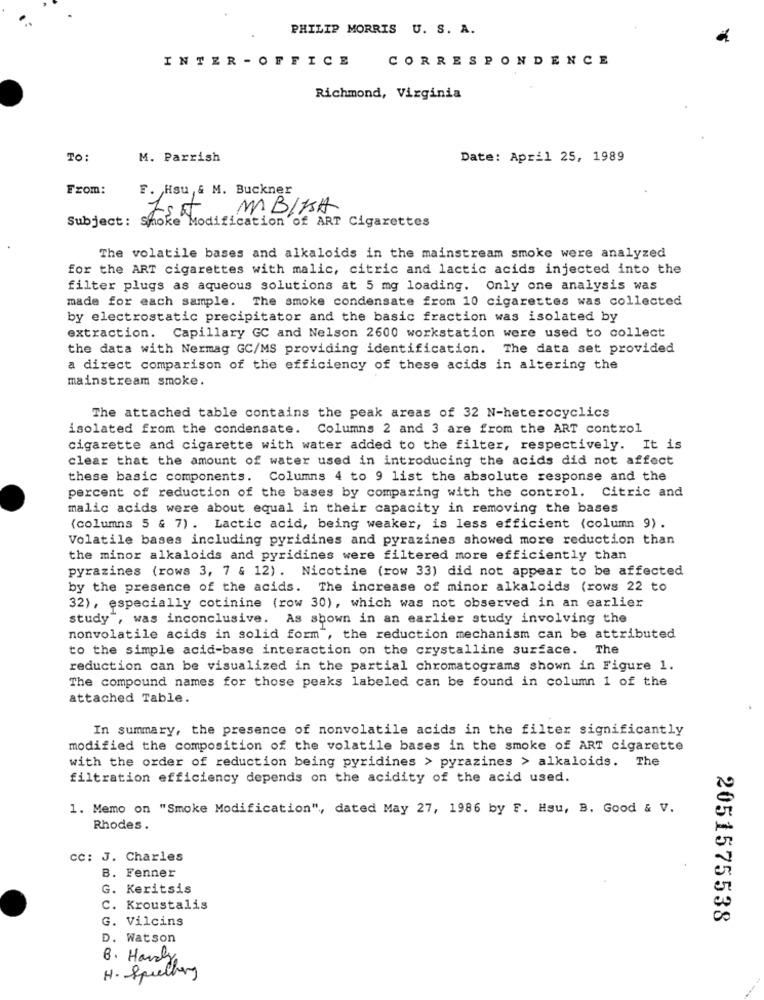
PHILIP MORRIS U. S. A.
INTER - OFFICE
CORRESPONDENCE
Richmond, Virginia
TO :
M. Parrish
Date: April 25, 1989
From:
F. Hsu ,& M. Buckner
MBIKA
Subject: Smoke Modification of ART Cigarettes
The volatile bases and alkaloids in the mainstream smoke were analyzed
for the ART cigarettes with malic, citric and lactic acids injected into the
filter plugs as aqueous solutions at 5 mg loading. Only one analysis was
made for each sample. The smoke condensate from 10 cigarettes was collected
by electrostatic precipitator and the basic fraction was isolated by
extraction. Capillary GC and Nelson 2600 workstation were used to collect
the data with Nermag GC/MS providing identification. The data set provided
a direct comparison of the efficiency of these acids in altering the
mainstream smoke.
The attached table contains the peak areas of 32 N-heterocyclics
isolated from the condensate. Columns 2 and 3 are from the ART control
cigarette and cigarette with water added to the filter, respectively. It is
clear that the amount of water used in introducing the acids did not affect
these basic components. Columns 4 to 9 list the absolute response and the
percent of reduction of the bases by comparing with the control. Citric and
malic acids were about equal in their capacity in removing the bases
(columns 5 & 7). Lactic acid, being weaker, is less efficient (column 9).
Volatile bases including pyridines and pyrazines showed more reduction than
the minor alkaloids and pyridines were filtered more efficiently than
pyrazines (rows 3, 7 & 12) . Nicotine (row 33) did not appear to be affected
by the presence of the acids. The increase of minor alkaloids (rows 22 to
32), especially cotinine (row 30), which was not observed in an earlier
study", was inconclusive. As shown in an earlier study involving the
nonvolatile acids in solid form", the reduction mechanism can be attributed
to the simple acid-base interaction on the crystalline surface. The
reduction can be visualized in the partial chromatograms shown in Figure 1.
The compound names for those peaks labeled can be found in column 1 of the
attached Table.
In summary, the presence of nonvolatile acids in the filter significantly
modified the composition of the volatile bases in the smoke of ART cigarette
with the order of reduction being pyridines > pyrazines > alkaloids. The
filtration efficiency depends on the acidity of the acid used.
1. Memo on "Smoke Modification", dated May 27, 1986 by F. Hsu, B. Good & V.
Rhodes .
cc: J. Charles
B. Fenner
G. Keritsis
C. Kroustalis
G. Vilcins
2051575538
D. Watson
8. Hardly
H. Spielberg